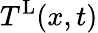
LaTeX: T^{\mathrm{L}}(x,t)